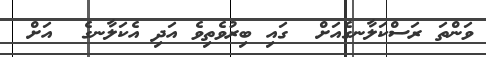
ވަންތަ ރަސްކަލާނގެއަށް  ގައި ބިރުވެތިވެ އަދި އެކަލާނގެ  އަށް